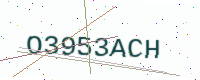
Text: O3953ACH